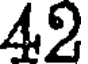
42